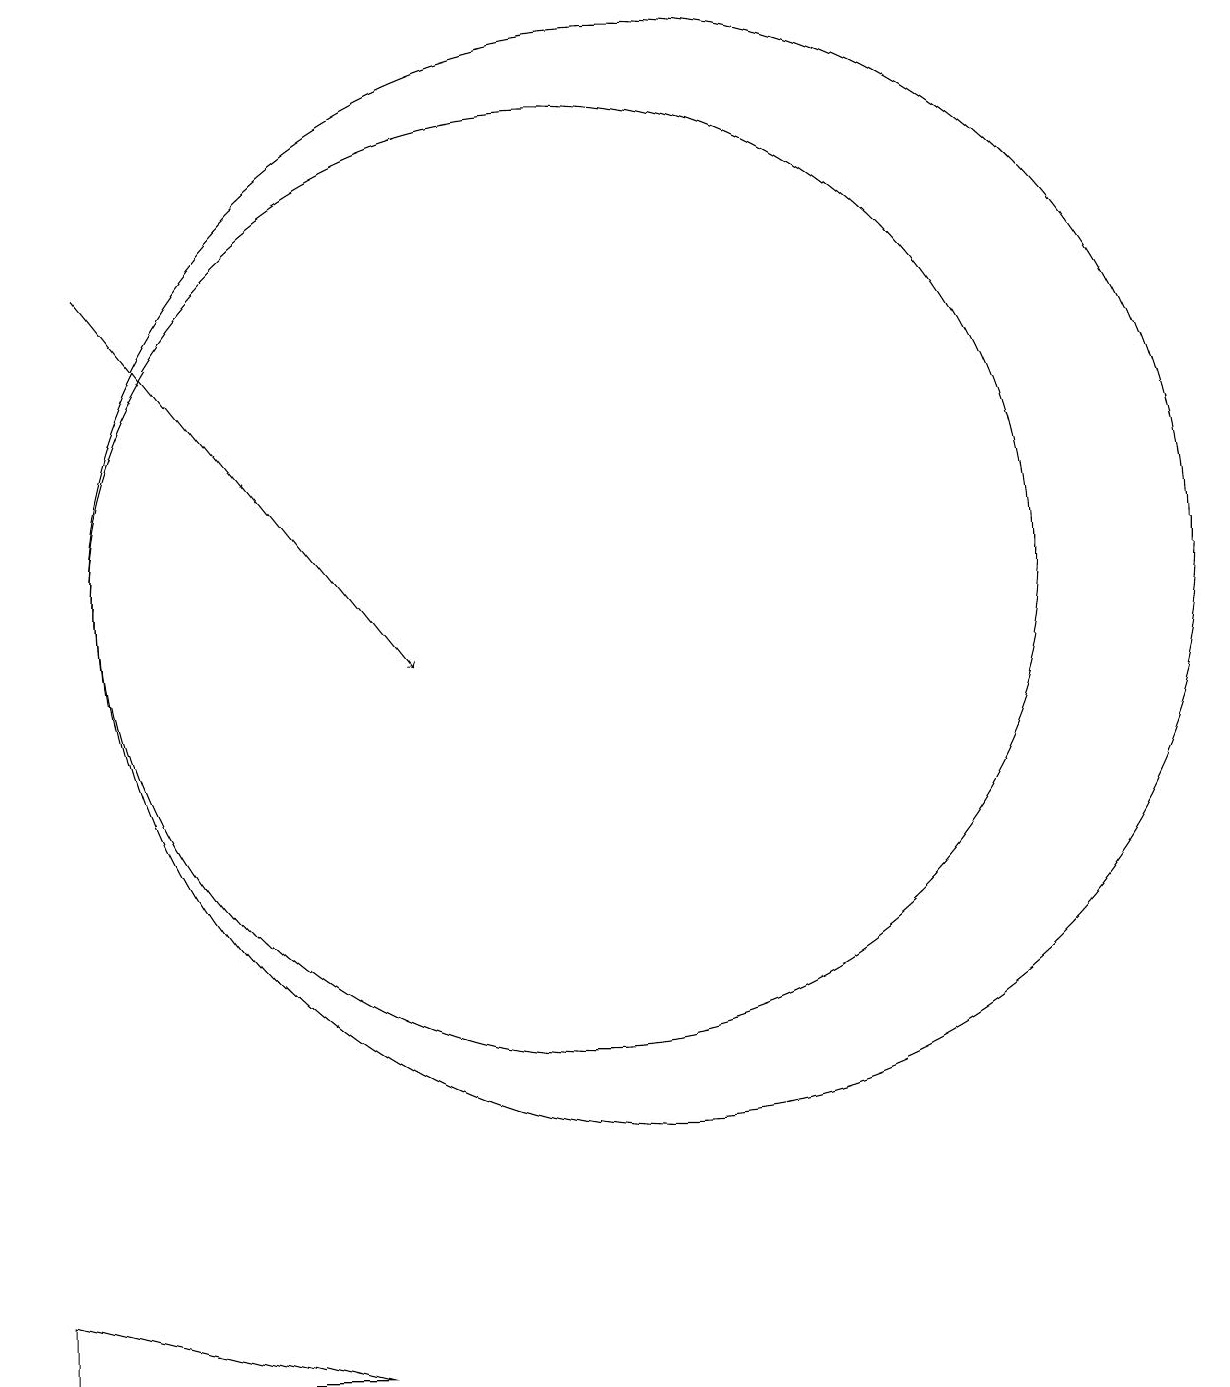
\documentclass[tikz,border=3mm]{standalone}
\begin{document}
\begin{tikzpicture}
\draw (11,11) circle (7);
\draw[->] (4,15) -- (8,10);
\draw (10,11) circle (6);
\draw (3,2) -- (3,1) -- (7,1) -- cycle;
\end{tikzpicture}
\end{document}